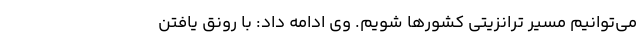
می‌توانیم مسیر ترانزیتی کشورها شویم. وی ادامه داد: با رونق یافتن